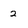
Character: 2